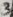
Text: 3